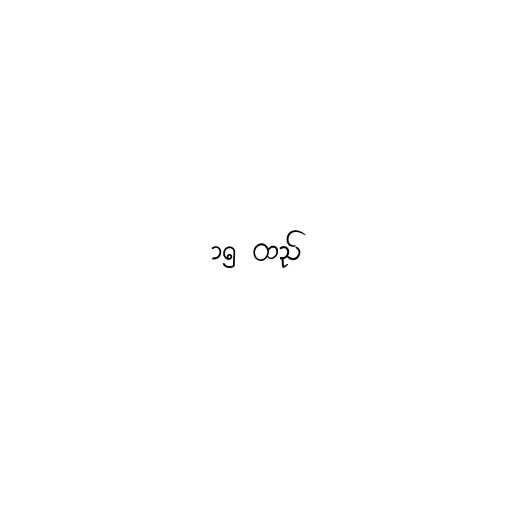
၁၅ ထည်